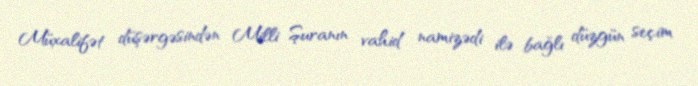
Müxalifət düşərgəsindən Milli Şuranın vahid namizədi ilə bağlı düzgün seçim